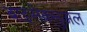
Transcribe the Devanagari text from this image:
बाइसेक्सुअल